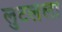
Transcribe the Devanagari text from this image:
लुटलेला